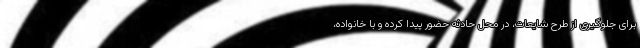
برای جلوگیری از طرح شایعات، در محل حادثه حضور پیدا کرده و با خانواده،